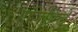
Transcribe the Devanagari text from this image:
एजिविले